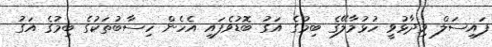
ފައިސަލް ވިދާޅުވީ ހުޅުމާލޭގެ ބިމުގެ އަގު ބޮޑުވެފައި އެހެން ހިސާބުތަކުގެ ބިމުގެ އަގު